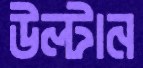
উল্‌টান